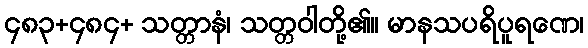
၄၈၃+၄၈၄+ သတ္တာနံ၊ သတ္တဝါတို့၏။ မာနသပရိပူရဏေ၊